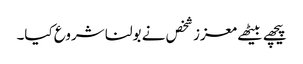
پیچھے بیٹھے معزز شخص نے بولنا شروع کیا۔